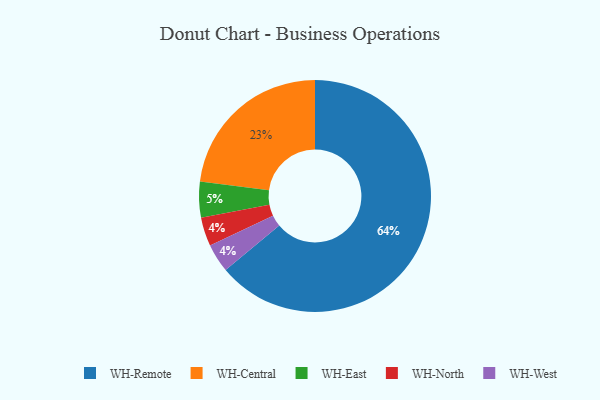
{"axis": {"x": "Category", "y": "Percentage"}, "legend": ["WH-Central", "WH-East", "WH-North", "WH-Remote", "WH-West"], "data": [{"x": "WH-Remote", "y": 64, "type": "WH-Remote"}, {"x": "WH-North", "y": 4, "type": "WH-North"}, {"x": "WH-Central", "y": 23, "type": "WH-Central"}, {"x": "WH-West", "y": 4, "type": "WH-West"}, {"x": "WH-East", "y": 5, "type": "WH-East"}]}